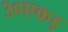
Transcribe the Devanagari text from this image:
३०एकड़